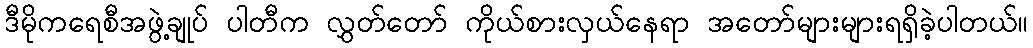
ဒီမိုကရေစီအဖွဲ့ချုပ် ပါတီက လွှတ်တော် ကိုယ်စားလှယ်နေရာ အတော်များများရရှိခဲ့ပါတယ်။